Lunatic asylums Bombay report 1878-1890 - 1878-1890
Year: 1878
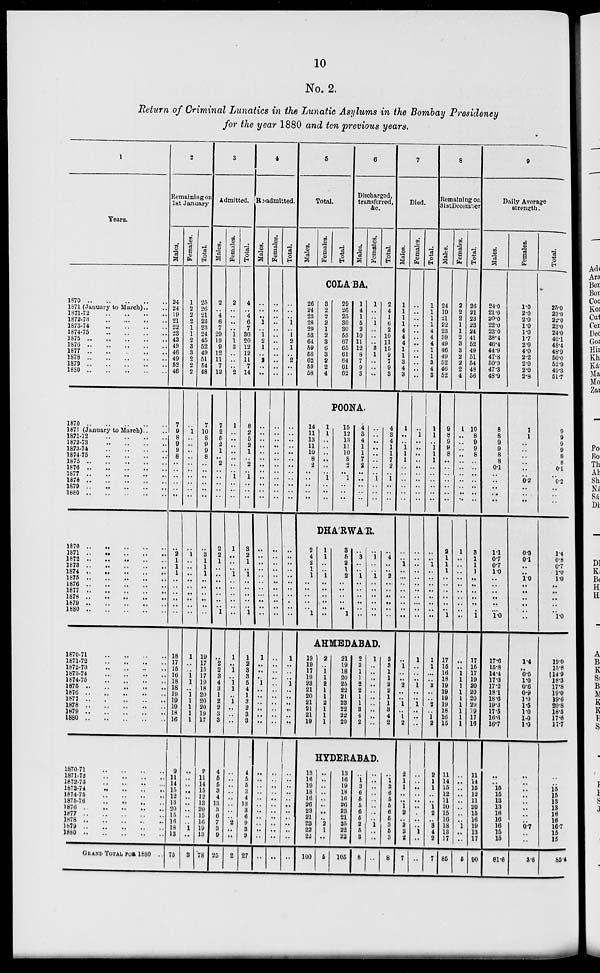
10
No. 2.
Return of Criminal Lunatics in the Lunatic Asylums in the Bombay Presidency
for the year 1880 and ten previous years.
1
Years.
1870 .. .. .. .. ..
1871 (January to March).. ..
1871-72
..
..
..
..
1872-73
..
..
..
..
1873-74 .. .. .. ..
1874-75 .. .. .. ..
1875
..
..
..
..
..
1876 .. .. .. .. ..
1877 .. .. .. .. ..
1878
..
..
..
..
..
1879 .. .. .. .. ..
1880 .. .. .. .. ..
1870
..
..
..
..
..
1871 (January to March) .. ..
1871-72
..
..
..
..
1872-73 .. .. .. ..
1873-74
..
..
..
..
1874-75
..
..
..
..
1875
..
..
..
..
..
1876 .. .. .. .. ..
1877 .. .. .. .. ..
1878 .. .. .. .. ..
1879 .. .. .. .. ..
1880 .. .. .. .. ..
1870 .. .. .. .. ..
1870 .. .. .. .. ..
1872
..
..
..
..
..
1873 .. .. .. .. ..
1874
..
..
..
..
..
1875 .. .. .. .. ..
1876 .. .. .. .. ..
1877 .. .. .. .. ..
1878 .. .. .. .. ..
1879 .. .. .. .. ..
1880 .. .. .. .. ..
1870-71
..
..
..
..
1871-72
..
..
..
..
1872-73
..
..
..
..
1873-74
..
..
..
..
1874-75 .. .. .. ..
1875 .. .. .. .. ..
1876
..
..
..
..
..
1877
..
..
..
..
..
1878 .. .. .. .. ..
1879
..
..
..
..
..
1880 .. .. .. .. ..
1870-71
..
..
..
..
1871-72
..
..
..
..
1872-73
..
..
..
..
1873-74
..
..
..
..
1874-75
..
..
..
..
1875-76
..
..
..
..
1876
..
..
..
..
..
1877
..
..
..
..
..
1878
..
..
..
..
..
1879
..
..
..
..
..
1880
..
..
..
..
..
GRAND TOTAL FOR 1880 ..
2
Remaining on
1st January
Males.
24
24
19
21
22
23
43
49
46
49
52
46
7
9
8
9
9
8
..
..
..
..
..
..
..
2
1
1
1
..
..
..
..
..
..
18
17
15
16
18
18
19
19
19
18
16
9
11
14
15
12
13
20
15
16
18
13
75
Females.
1
2
2
2
1
1
2
3
3 2
2
2
..
1
..
..
..
..
..
..
..
..
..
..
..
1
..
..
..
..
..
..
..
..
..
1
..
..
1
1
..
1
1
1
1
1
..
..
..
..
..
..
..
..
..
1
..
3
Total.
25
26
21
23
23
24
45
52
49
51
54
48
7
10
8
9
9
8
..
..
..
..
..
..
..
3
1
1
1
..
..
..
..
..
..
19
17
15
17
19
18
20
20
20
19
17
9
11
14
15
12
13
20
15
16
19
13
78
3
Admitted.
Males.
2
..
4
6
7
29
19
9
12
11
7
12
7
2
5
2
1
..
2
..
..
..
..
..
2
2
1
..
..
..
..
..
..
..
1
..
2
2
3
4
3
1
2
2
3
3
4
5
5
3
4
13
3
6
7
3
9
25
Females.
2
..
..
..
..
1
1
3
..
..
..
2
1
..
..
..
..
..
..
..
1
..
..
..
1
..
..
..
1
..
..
..
..
..
..
1
..
1
..
1
1
..
1
..
..
..
..
..
..
..
..
..
..
..
2
..
..
2
Total.
4
..
4
6
7
30
20
12
12
11
7
14
8
2
5
2
1
..
2
..
1
..
..
..
3
2
1
..
1
..
..
..
..
..
1
1
2
3
3
5
4
1
3
2
3
3
4
5
5
3
4
13
3
6
9
3
9
27
4
Re-admltted.
Males.
..
..
..
1
..
1
2
1
..
2
..
..
..
..
..
..
..
..
..
..
..
..
..
..
..
..
..
..
..
..
..
..
..
..
..
1
..
..
..
1
..
..
..
..
..
..
..
..
..
..
..
..
..
..
..
..
..
..
Females.
..
..
..
..
..
..
..
..
..
..
..
..
..
..
..
..
..
..
..
..
..
..
..
..
..
..
..
..
..
..
..
..
..
..
..
..
..
..
..
..
..
..
..
..
..
..
..
..
..
..
..
..
..
..
..
..
..
..
Total.
..
..
..
1
..
1
2
1
..
2
..
..
..
..
..
..
..
..
..
..
..
..
..
..
..
..
..
..
..
..
..
..
..
..
..
1
..
..
..
1
..
..
..
..
..
..
..
..
..
..
..
..
..
..
..
..
..
..
5
Total.
Males.
Females.
Total.
6
Discharged,
transferred,
&c.
Males.
Females.
Total.
COLA'BA.
26
24
23
28
29
53
64
59
58
62
59
58
3
2
2
2
1
2
3
6
3
2
2
4
29
26
25
30
30
55
67
65
61
64
61
62
1
4
1
5
2
10
11
12
8
7
9
3
1
..
..
1
..
..
..
3
1
..
..
..
2
4
1
6
2
10
11
15
9
7
9
3
POONA.
14
11
13
11
10
8
2
..
..
..
..
..
1
1
..
..
..
..
..
..
1
..
..
..
15
12
13
11
10
8
2
..
1
..
..
..
4
3
4
1
1
7
2
..
..
..
..
..
..
..
..
..
..
..
..
..
1
..
..
..
4
3
4
1
1
7
2
..
1
..
..
..
DHA'RWA'R.
2
4
2
1
1
..
..
..
..
..
1
1
1
..
..
1
..
..
..
..
..
..
3
5
2
1
2
..
..
..
..
..
1
..
3
..
..
1
..
..
..
..
..
..
..
1
..
..
1
..
..
..
..
..
..
..
4
..
..
2
..
..
..
..
..
..
AHMEDABAD.
19
19
17
19
23
21
20
21
21
21
19
2
..
1
1
2
1
1
2
1
1
1
21
19
18
20
25
22
21
23
22
22
20
2
3
1
1
2
2
1
1
3
4
2
1
..
..
..
..
..
..
..
..
..
..
3
3
1
1
2
2
1
1
3
4
2
HYDERABAD.
13
16
19
18
16
26
23
21
23
22
22
100
..
..
..
..
..
..
..
..
2
1
..
5
13
16
19
18
16
26
23
21
25
22
22
105
..
1
3
6
5
5
6
5
2
5
3
8
..
..
..
..
..
..
..
..
1
..
..
..
..
1
3
6
5
5
6
5
3
5
3
8
7
Died.
Males.
1
1
1
1
4
4
4
1
1
3
4
3
1
..
..
1
1
1
..
..
..
..
..
..
..
..
1
..
..
..
..
..
..
..
..
..
1
..
..
2
..
..
1
..
1
2
2
1
1
..
..
1
2
..
3
3
2
7
Females.
..
..
..
..
..
..
..
..
..
..
..
..
..
1
..
..
..
..
..
..
..
..
..
..
..
..
..
..
..
..
..
..
..
..
..
1
..
..
..
1
..
..
1
..
..
..
..
..
..
..
..
..
..
..
..
1
..
..
Total.
1
1
1
1
4
4
4
1
1
3
4
3
1
1
..
1
1
1
..
..
..
..
..
..
..
..
1
..
..
..
..
..
..
..
..
1
1
...
..
3
..
..
2
..
1
2
2
1
1
..
..
1
2
..
3
4
2
7
8
Remaining on
1st December
Males.
24
19
21
22
23
39
49
46
49
52
46
52
9
8
9
9
8
..
..
..
..
..
..
..
2
1
1
1
..
..
..
..
..
..
1
17
15
16
18
19
19
19
19
18
16
15
11
14
15
12
11
20
15
16
18
13
17
85
Females.
2
2
2
1
1
2
3
3
2
2
2
4
1
..
..
..
..
..
..
..
..
..
..
..
1
..
..
..
..
..
..
..
..
..
..
..
..
1
1
1
1
1
1
1
1
1
..
..
..
..
..
..
..
..
1
..
..
5
Total.
26
21
23
23
24
41
52
49
51
54
48
56
10
8
9
9
8
..
..
..
..
..
..
..
3
1
1
1
..
..
..
..
..
..
1
17
15
17
19
20
20
20
20
19
17
16
11
14
15
12
11
20
15
16
19
13
17
90
9
Daily Average
strength.
Males.
24.0
21.0
20.0
22.0
23.0
38.4
46.4
44.9
47.8
50.9
47.3
48.9
8
8
9
9
8
8
0.1
..
..
..
..
..
1.1
0.7
0.7
1.0
..
..
..
..
..
..
1.0
17.6
15.8
14.4
17.3
17.2
18.1
18.6
19.3
17.5
16.6
16.7
..
..
15
15
13
13
16
16
16
15
15
81.6
Females.
1.0
2.0
2.0
1.0
1.0
1.7
2.0
4.0
2.2
2.0
2.0
2.8
1
1
..
..
..
..
..
..
0.2
..
..
..
0.3
0.1
..
..
1.0
..
..
..
..
..
..
1.4
..
0.5
1.0
0.6
0.9
1.0 1.5
1.0
1.0
1.0
..
..
..
..
..
..
..
..
0.7
..
..
3.8
Total.
25.0
23.0
22.0
23.0
24.0
40.1
48.4
48.9
50.0
52.9
49.3
51.7
9
9
9
9
8
8
0.1
..
0.2
..
..
..
1.4
0.8
0.7
1.0
1.0
..
..
..
..
..
1.0
19.0
15.8
14.9
18.3
17.8
19.0
19.6
20.8
18.5
17.6
17.7
..
..
15
15
13
13
16
16
16.7
15
15
85.4